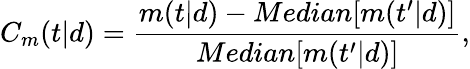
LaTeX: C_{m}(t|d)=\frac{m(t|d)-Median[m(t^{\prime}|d)]}{Median[m(t^{\prime}|d)]},